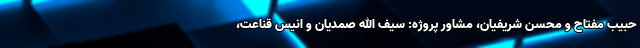
حبیب مفتاح و محسن شریفیان، مشاور پروژه: سیف الله صمدیان و انیس قناعت،